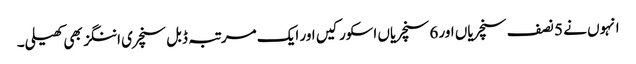
انہوں نے 5 نصف سنچریاں اور 6 سنچریاں اسکور کیں اور ایک مرتبہ ڈبل سنچری اننگز بھی کھیلی۔